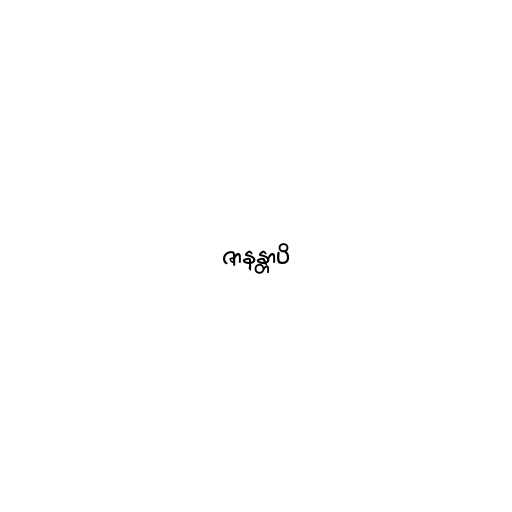
ဇာနန္တာပိ